Investigations into the jail dietaries of the United Provinces with some observations on the influence of dietary on the physical development and well-being of the people of the United Provinces - Number 48
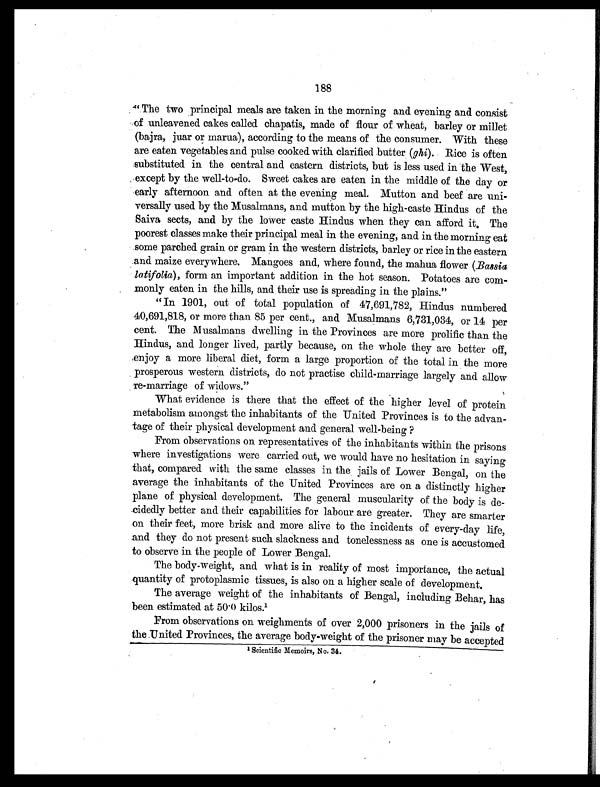
188
" The two principal meals are taken in the morning and evening and consist
of unleavened cakes called chapatis, made of flour of wheat, barley or millet
(bajra, juar or marua), according to the means of the consumer. With these
are eaten vegetables and pulse cooked with clarified butter ( ghi). Rice is often
substituted in the central and eastern districts, but is less used in the West,
except by the well-to-do. Sweet cakes are eaten in the middle of the day or
early afternoon and often at the evening meal. Mutton and beef are uni-
versally used by the Musalmans, and mutton by the high-caste Hindus of the
Saiva sects, and by the lower caste Hindus when they can afford it. The
poorest classes make their principal meal in the evening, and in the morning eat
some parched grain or gram in the western districts, barley or rice in the eastern
and maize everywhere. Mangoes and, where found, the mahua flower (Ba
ssia
latifolia), form an important addition in the hot season. Potatoes are com-
monly eaten in the hills, and their use is spreading in the plains."
" In 1901, out of total population of 47,691,782, Hindus numbered
40,691,818, or more than 85 per cent., and Musalmans 6,731,034, or 14 per
cent. The Musalmans dwelling in the Provinces are more prolific than the
Hindus, and longer lived, partly because, on the whole they are better off,
enjoy a more liberal diet, form a large proportion of the total in the more
prosperous western districts, do not practise child-marriage largely and allow
re-marriage of widows."
What evidence is there that the effect of the higher level of protein
metabolism amongst the inhabitants of the United Provinces is to the advan-
tage of their physical development and general well-being ?
From observations on representatives of the inhabitants within the prisons
where investigations were carried out, we would have no hesitation in saying
that, compared with the same classes in the jails of Lower Bengal, on the
average the inhabitants of the United Provinces are on a distinctly higher
plane of physical development. The general muscularity of the body is de-
cidedly better and their capabilities for labour are greater. They are smarter
on their feet, more brisk and more alive to the incidents of every-day life,
and they do not present such slackness and tonelessness as one is accustomed
to observe in the people of Lower Bengal.
The body-weight, and what is in reality of most importance, the actual
quantity of protoplasmic tissues, is also on a higher scale of development.
The average weight of the inhabitants of Bengal, including Behar, has
been estimated at 50. 0 kilos.1
From observations on weighments of over 2,000 prisoners in the jails of
the United Provinces, the average body-weight of the prisoner may be accepted
1
S c i e n t i f i c M e m o i r s , N o . 3 4 .